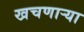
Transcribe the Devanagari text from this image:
खचणार्‍या